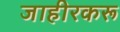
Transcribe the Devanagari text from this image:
जाहीरकरू